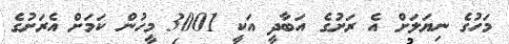
މަހުގެ ނިޔަލަށް އެ ރަށުގެ އަބާދީ އަކީ 3001 މީހުން ކަމަށް އެރަށުގެ